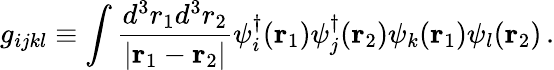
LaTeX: g_{ijkl}\equiv\int\frac{d^{3}{r}_{1}d^{3}{r}_{2}}{\left|{\mathbf r}_{1}-{\mathbf r}_{2}\right|}\psi_{i}^{\dagger}({\mathbf r}_{1})\psi_{j}^{\dagger}({\mathbf r}_{2})\psi_{k}({\mathbf r}_{1})\psi_{l}({\mathbf r}_{2})\, .